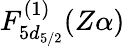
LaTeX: F_{5d_{5/2}}^{(1)}(Z\alpha)